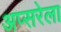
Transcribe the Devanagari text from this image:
अप्सरेला